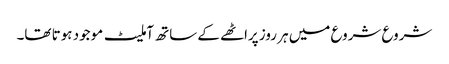
شروع شروع میں ہر روز پراٹھے کے ساتھ آملیٹ موجود ہوتا تھا۔